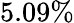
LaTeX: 5.09\%